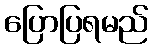
ပြောပြရမည်